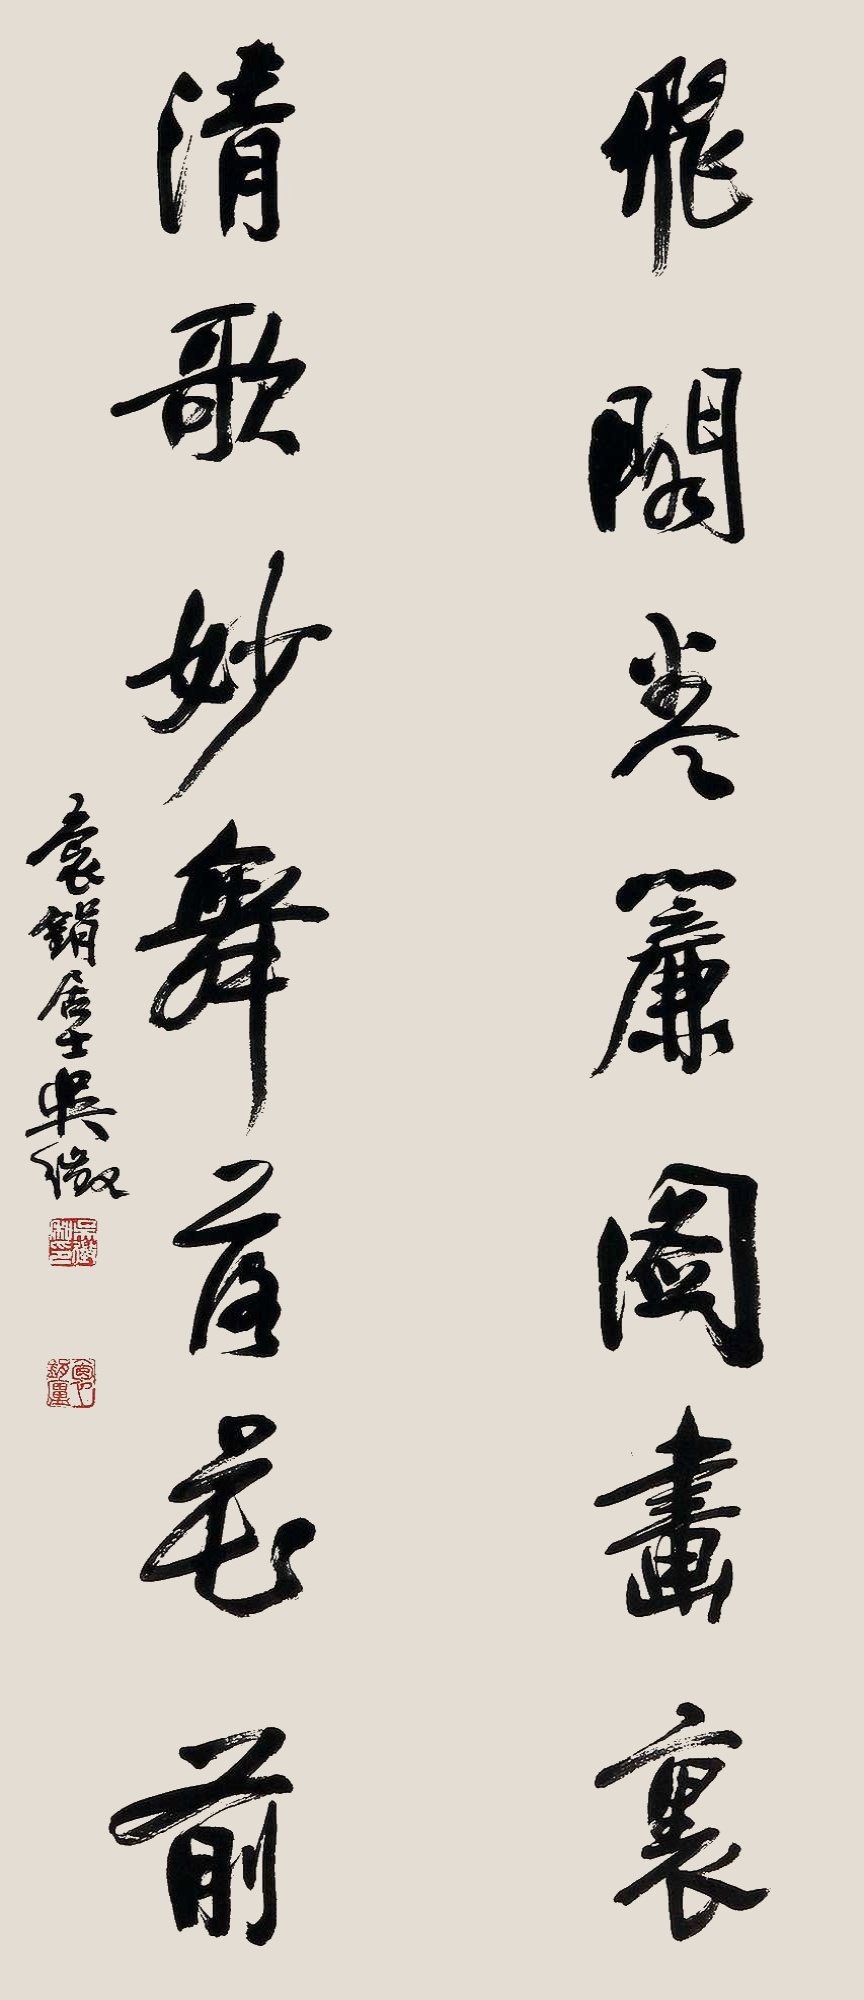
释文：飞阁卷帘图画里，清歌妙舞落花前。抱𫓶居士吴征。